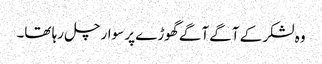
وہ لشکر کے آگے آگے گھوڑے پر سوار چل رہا تھا۔